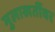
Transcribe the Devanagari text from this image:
मुलाखतींवर